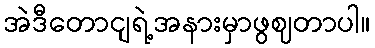
အဲဒီတောငျရဲ့အနားမှာဖွဈတာပါ။